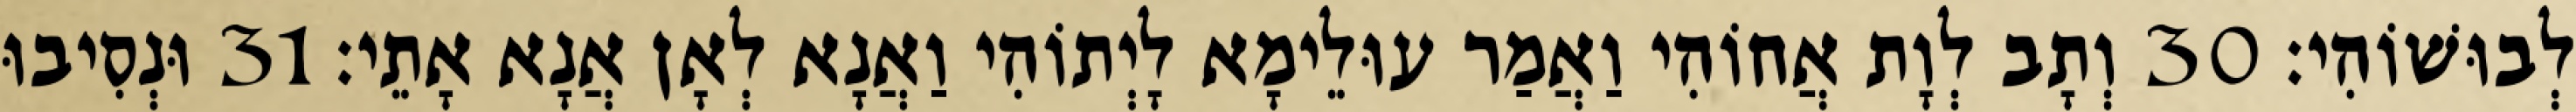
לְבוּשׁוֹהִי׃ 30 וְתָב לְוָת אֲחוֹהִי וַאֲמַר עוּלֵימָא לָיְתוֹהִי וַאֲנָא לְאָן אֲנָא אָתֵי׃ 31 וּנְסִיבוּ